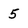
Character: 5